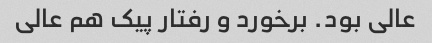
عالی بود. برخورد و رفتار پیک هم عالی